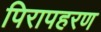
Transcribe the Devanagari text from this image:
पिरापहरण